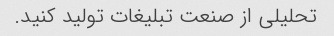
تحلیلی از صنعت تبلیغات تولید کنید.